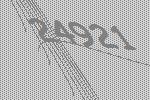
24921